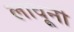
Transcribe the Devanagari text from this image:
लावूनी